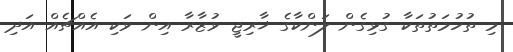
މި ތުހުމަތުތަކާ ގުޅިގެން ލަންކާގެ ޚާރިޖީ ވުޒާރާ އިން ވަކި އެއްޗެއް އަދި